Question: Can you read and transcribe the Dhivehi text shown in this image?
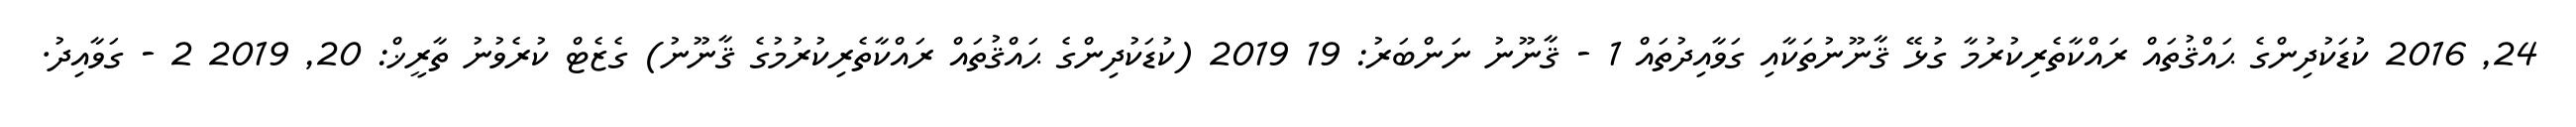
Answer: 24, 2016 ކުޑަކުދިންގެ ޙައްޤުތައް ރައްކާތެރިކުރުމާ ގުޅޭ ޤާނޫނުތަކާއި ގަވާއިދުތައް 1 - ޤާނޫނު ނަންބަރު: 19 2019 (ކުޑަކުދިންގެ ޙައްޤުތައް ރައްކާތެރިކުރުމުގެ ޤާނޫނު) ގެޒެޓް ކުރެވުނު ތާރީޚް: 20, 2019 2 - ގަވާއިދު.